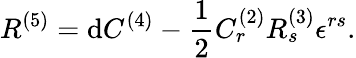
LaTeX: R^{(5)}=\mathrm{d}C^{(4)}-\frac{{1}}{{2}}C_{r}^{(2)}R_{s}^{(3)}\epsilon^{rs}.